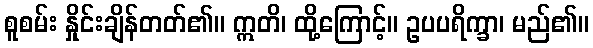
စူစမ်း နှိုင်းချိန်တတ်၏။ ဣတိ၊ ထို့ကြောင့်။ ဥပပရိက္ခာ၊ မည်၏။